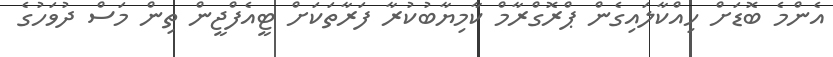
އެންމެ ބޮޑަށް ހިއްކާލައިގެން ޕްރޮގްރާމް ކާމިޔާބުކުރާ ފަރާތަކަށް ޓީއެފްޖީން ތިން މަސް ދުވަހުގެ